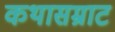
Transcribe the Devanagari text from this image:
कथासम्राट